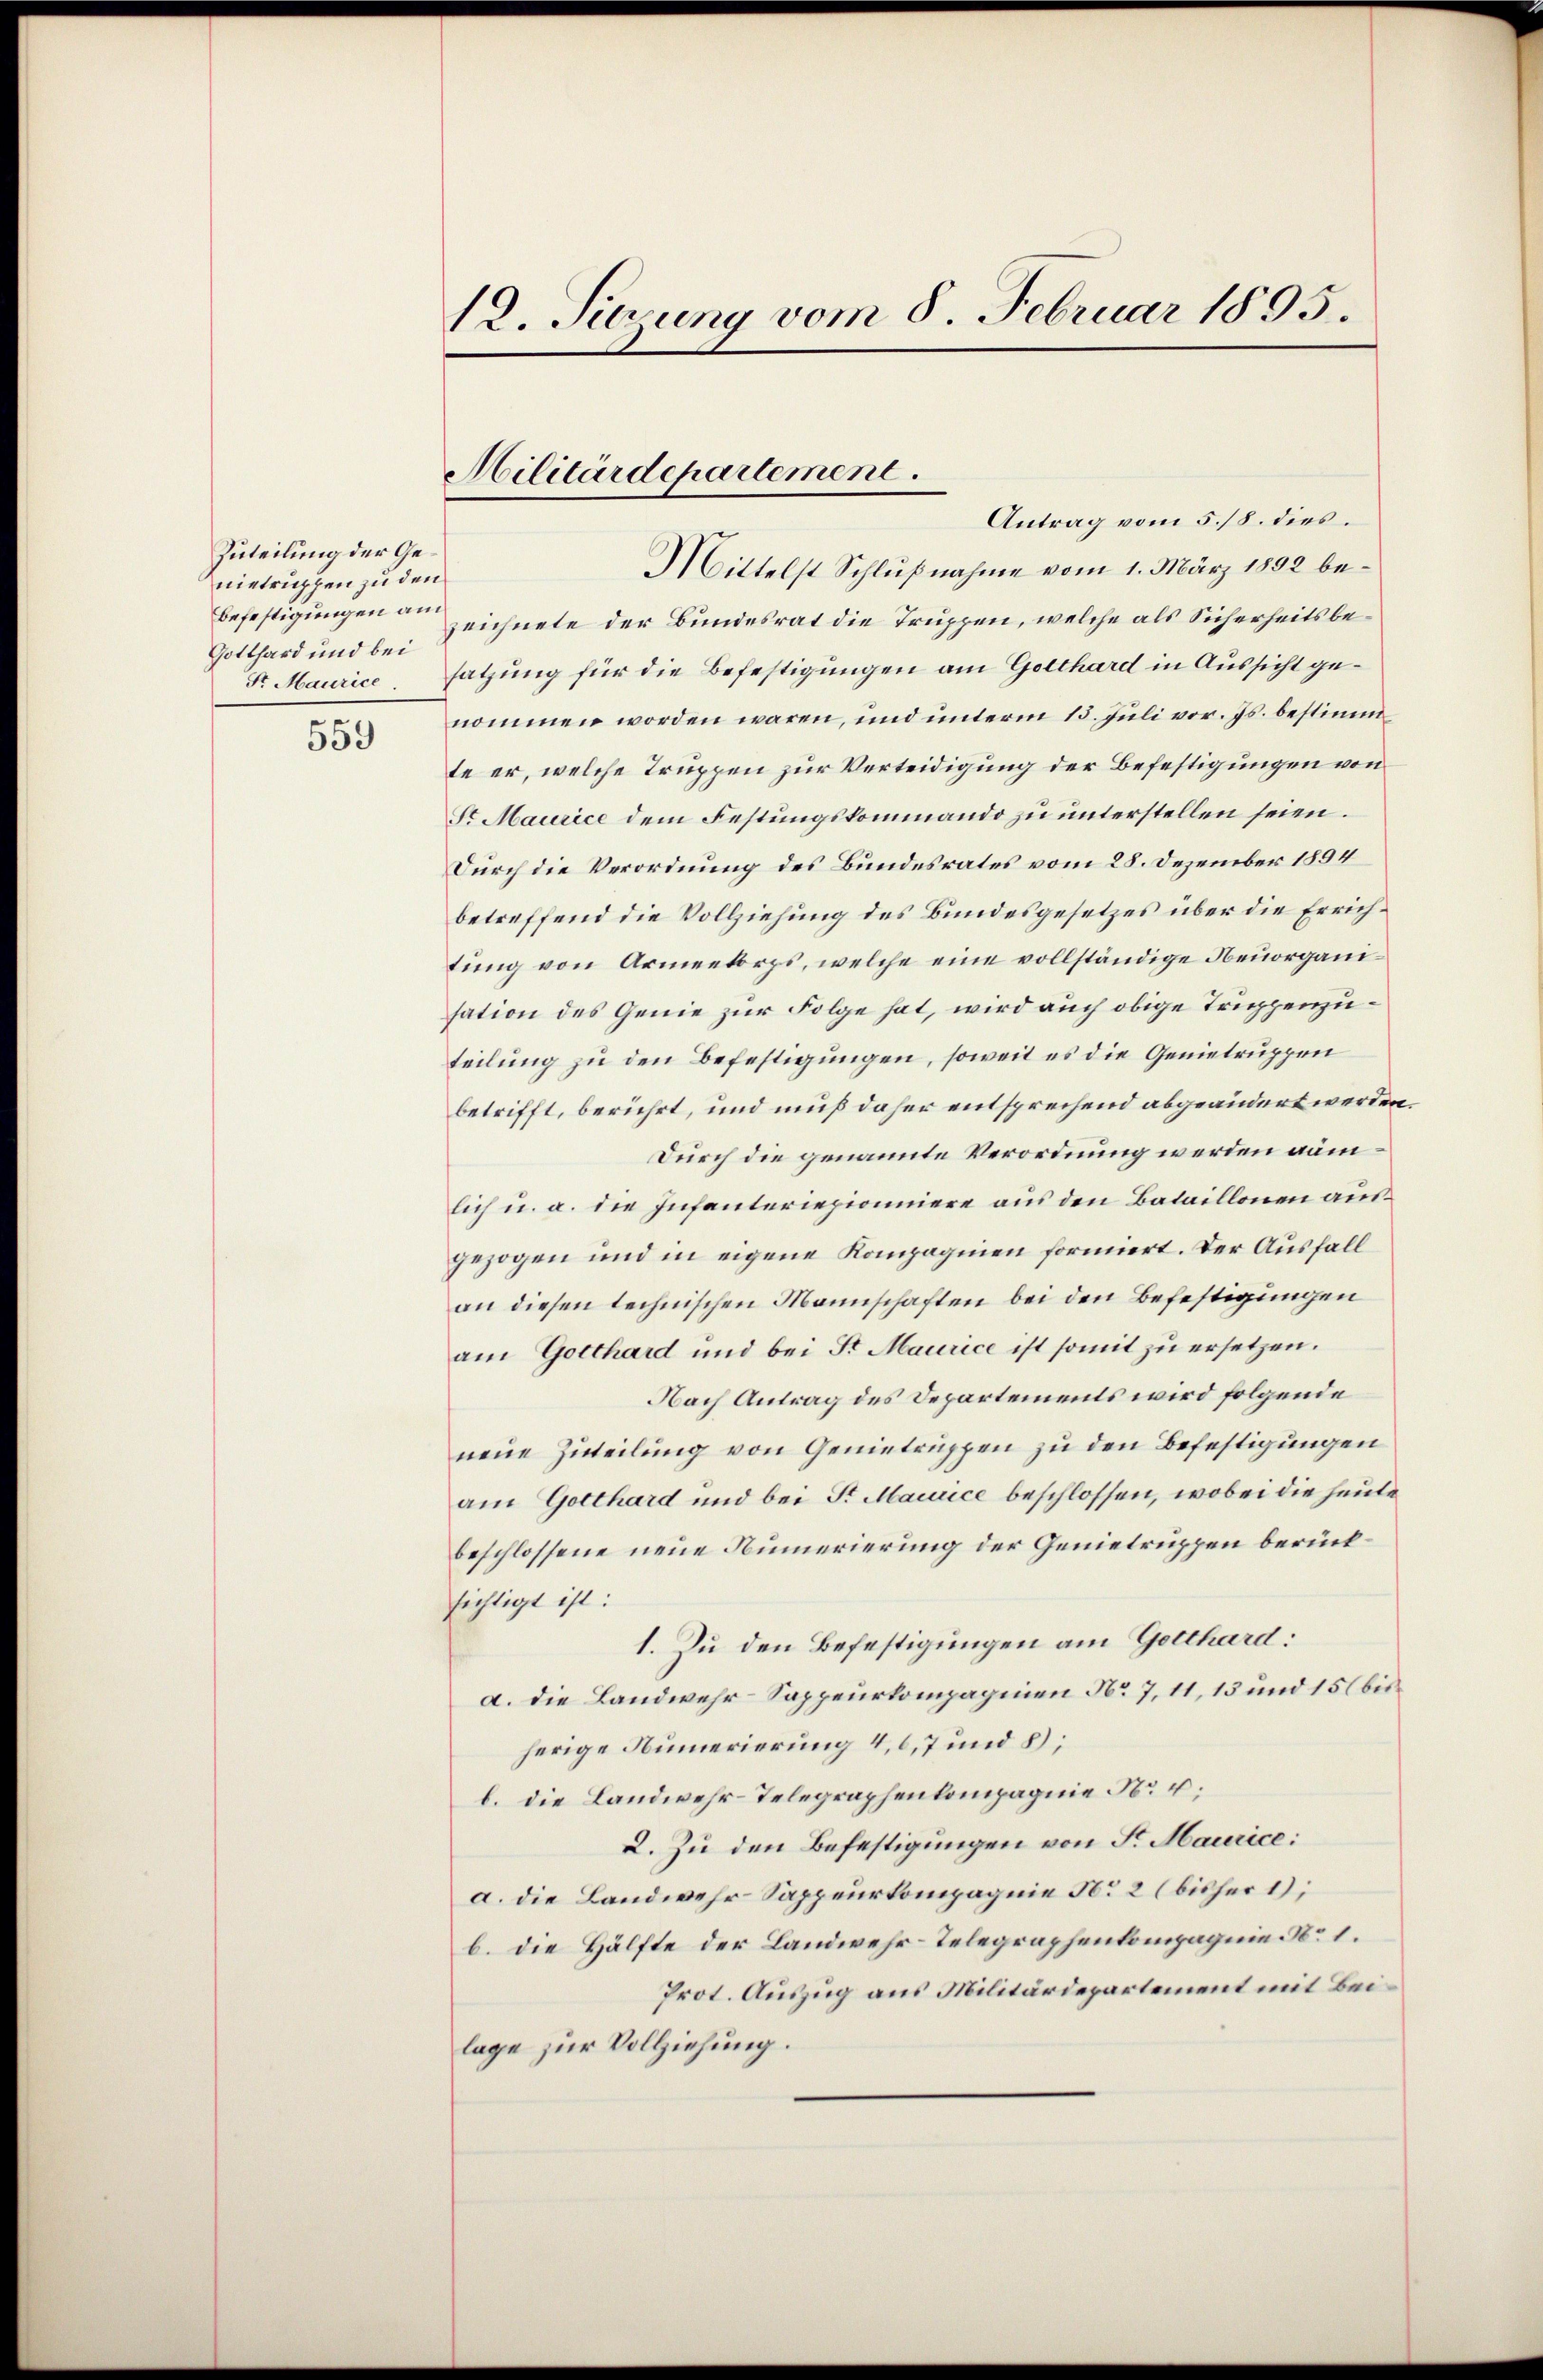
Zuteilung der Genietruppen zu den
Befestigungen am
Gotthard und bei
Sr Maurice

559

12. Sitzung vom 8. Februar 1895.

Antrag vom 5./8. dies.
Mittelst Schlußnahme vom 1. März 1892 bezeichnete der Bundesrat die Truppen, welche als Sicherheits besatzung für die Befestigungen am Gotthard in Aussicht genommen worden wären, und unterm 15. Juli vor. Js. bestimm
te er, welche Truppen zur Verteidigung der Befestigungen von
Sr Maurice dem Festungskommando zu unterstellen seien.
Durch die Verordnung des Bundesrates vom 28. Dezember 1894
betreffend die Vollziehung des Bundesgesetzes über die Errichtung von Armeekorps, welche eine vollständige Neuorganisation des Genie zur Folge hat, wird auch obige Truppenzuteilung zu den Befestigungen, soweit es die Genietruppen
betrifft, berührt, und muß daher entsprechend abgeändert werden.
Durch die genannte Verordnung werden aumlich u. a. die Infanteriepioniere aus den Bataillonen ausgezogen und in eigene Kompagnien formiert. Der Ausfall
an diesen technischen Mannschaften bei den Befestigungen
am Gotthard und bei Fr Maurice ist somit zu ersetzen.
Nach Antrag des Departements wird folgende
neue Zuteilung von Genietruppen zu den Befestigungen
am Gotthard und bei Sr. Maiuice beschlossen, wobei die heute
beschlossene neue Numerierung der Genietruppen berücksichtigt ist:
1. Zu den Befestigungen am Gotthard:
a. Die Landwehr-Sappeurkompagnien No 7, 11, 13 und 15 bisherige Numerierung 4,6,7 und 8;
b. die Landwehr-Telegraphenkompagnie Nr. u.
2. Zu den Befestigungen von Sr. Maurice:
a. die Landwehr- Sappeurkompagnie No 2 (bisher 1);
b. die Hälfte der Landwehr-Telegraphenkompagnie No 1.
Prot. Auszug aus Militärdepartement mit Beilage zur Vollziehung.

Militärdepartement.